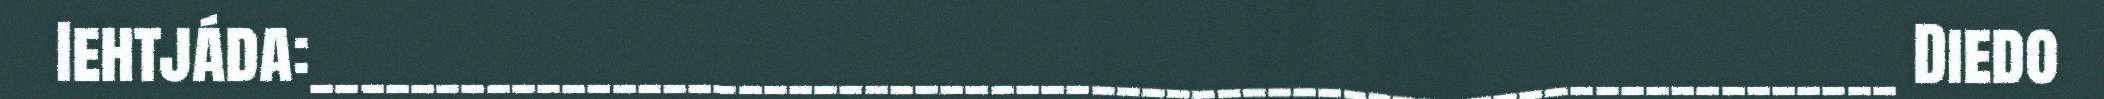
Iehtjáda:_______________________________________________________________ Diedo